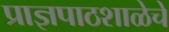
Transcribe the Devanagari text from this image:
प्राज्ञपाठशाळेचे